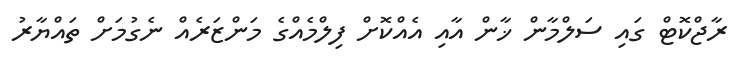
ރާޖްކޮޓް ގައި ސަލްމާން ޚާން އާއި އެއްކޮށް ފިލްމެއްގެ މަންޒަރެއް ނެގުމަށް ތައްޔާރު